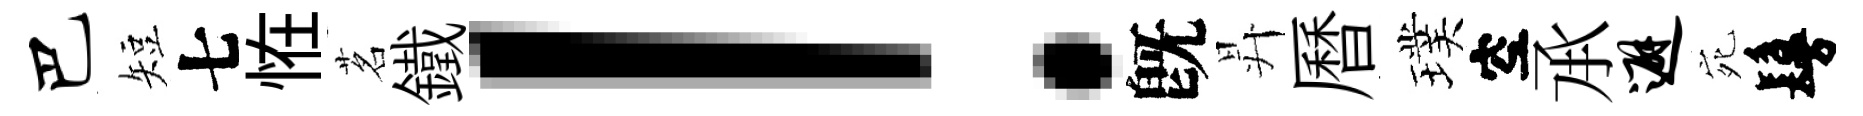
巴短七恠茗鐵！旣昇曆璞空𠄘避宛鬘